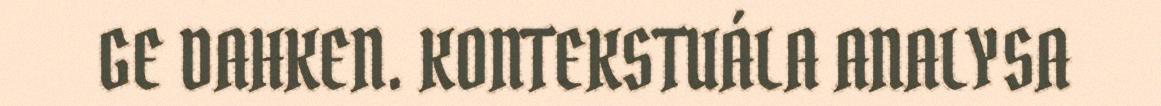
GE DAHKEN. KONTEKSTUÁLA ANALYSA